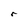
Character: r